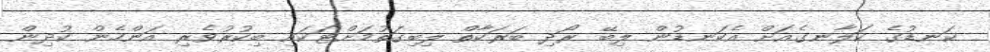
ކަނޑުގެ ކަލާނގެއަށް އެކަނޑުން ލިބޭ ރޯދި ބަރަކާތް ލިބިގަތުމަށްޓަކައި ބިކުރުވެރި އަންހެން ކުދިން